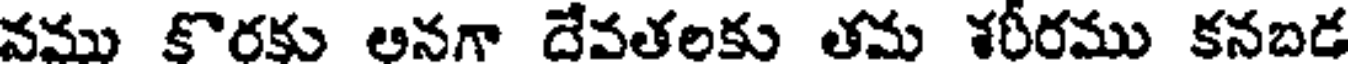
వము కొరకు ఆనగా దేవతలకు తమ శరీరము కనబడ